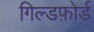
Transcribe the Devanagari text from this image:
गिल्डफ़ोर्ड